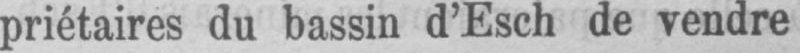
priétaires du bassin d’Esch de vendre